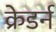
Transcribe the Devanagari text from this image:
क्रेडर्न